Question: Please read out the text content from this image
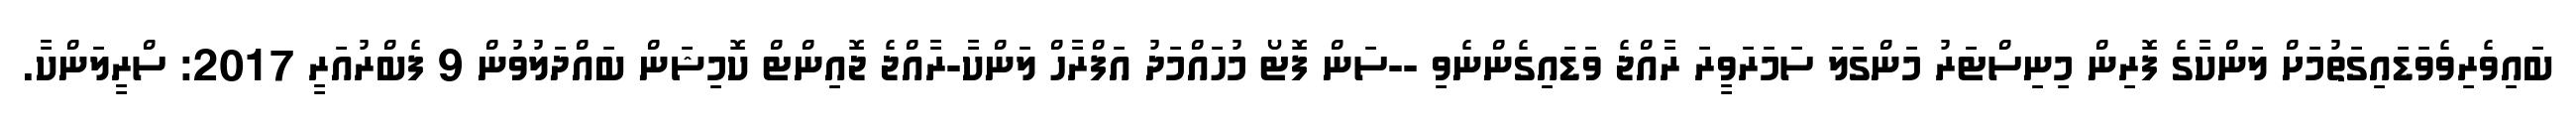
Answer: ބައިވެރިވެވަޑައިގަތުމަށް ލަންކާގެ ފޮރިން މިނިސްޓަރު މަންގަލަ ސަމަރަވީރަ ރާއްޖެ ވަޑައިގެންނެވި --ސަން ފޮޓޯ މުހައްމަދު އަފްރާހް ލަންކާ-ރާއްޖެ ޖޮއިންޓް ކޮމިޝަން ބައްދަލުވުން 9 ފެބްރުއަރީ 2017: ސްރީލަންކާ.